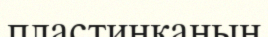
пластинканың